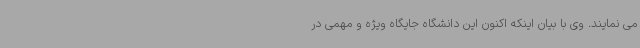
می نمایند. وی با بیان اینکه اکنون این دانشگاه جایگاه ویژه و مهمی در